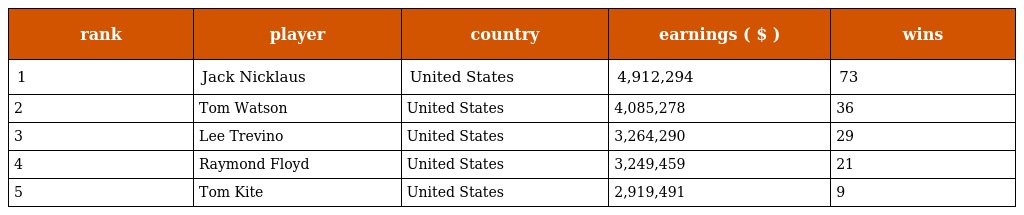
| rank | player | country | earnings ( $ ) | wins |
 | --- | --- | --- | --- | --- |
 | 1 | Jack Nicklaus | United States | 4,912,294 | 73 |
 | 2 | Tom Watson | United States | 4,085,278 | 36 |
 | 3 | Lee Trevino | United States | 3,264,290 | 29 |
 | 4 | Raymond Floyd | United States | 3,249,459 | 21 |
 | 5 | Tom Kite | United States | 2,919,491 | 9 |